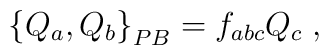
\left\{  Q_{a},Q_{b}\right\}  _{{\footnotesize PB}}=f_{abc}Q_{c}\;,